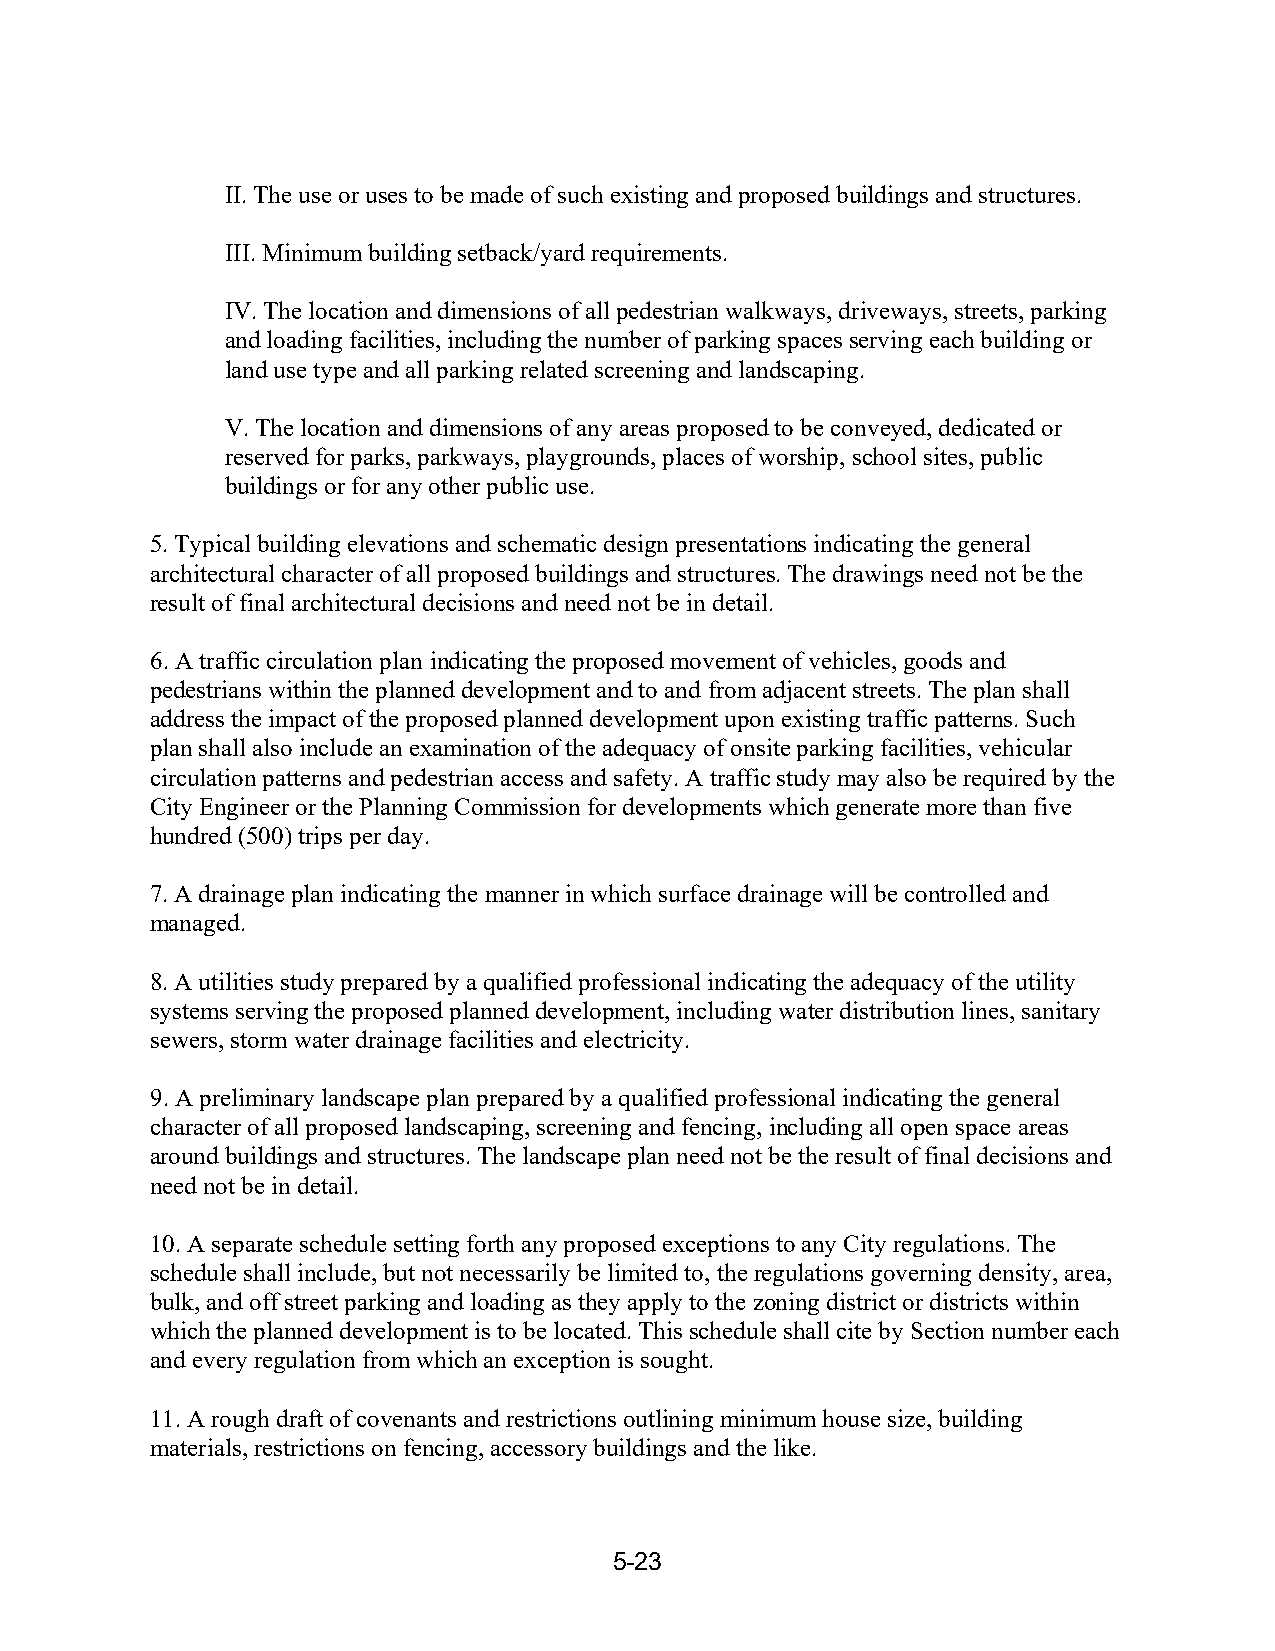
II. The use or uses to be made of such existing and proposed buildings and structures.
 III. Minimum building setback/yard requirements.
 IV. The location and dimensions of all pedestrian walkways, driveways, streets, parking
 and loading facilities, including the number of parking spaces serving each building or
 land use type and all parking related screening and landscaping.
 V. The location and dimensions of any areas proposed to be conveyed, dedicated or
 reserved for parks, parkways, playgrounds, places of worship, school sites, public
 buildings or for any other public use.
 5. Typical building elevations and schematic design presentations indicating the general
 architectural character of all proposed buildings and structures. The drawings need not be the
 result of final architectural decisions and need not be in detail.
 6. A traffic circulation plan indicating the proposed movement of vehicles, goods and
 pedestrians within the planned development and to and from adjacent streets. The plan shall
 address the impact of the proposed planned development upon existing traffic patterns. Such
 plan shall also include an examination of the adequacy of onsite parking facilities, vehicular
 circulation patterns and pedestrian access and safety. A traffic study may also be required by the
 City Engineer or the Planning Commission for developments which generate more than five
 hundred (500) trips per day.
 7. A drainage plan indicating the manner in which surface drainage will be controlled and
 managed.
 8. A utilities study prepared by a qualified professional indicating the adequacy of the utility
 systems serving the proposed planned development, including water distribution lines, sanitary
 sewers, storm water drainage facilities and electricity.
 9. A preliminary landscape plan prepared by a qualified professional indicating the general
 character of all proposed landscaping, screening and fencing, including all open space areas
 around buildings and structures. The landscape plan need not be the result of final decisions and
 need not be in detail.
 10. A separate schedule setting forth any proposed exceptions to any City regulations. The
 schedule shall include, but not necessarily be limited to, the regulations governing density, area,
 bulk, and off street parking and loading as they apply to the zoning district or districts within
 which the planned development is to be located. This schedule shall cite by Section number each
 and every regulation from which an exception is sought.
 11. A rough draft of covenants and restrictions outlining minimum house size, building
 materials, restrictions on fencing, accessory buildings and the like.
 5-23